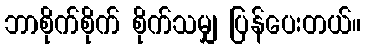
ဘာစိုက်စိုက် စိုက်သမျှ ပြန်ပေးတယ်။